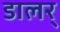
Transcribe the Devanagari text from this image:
डालर्